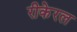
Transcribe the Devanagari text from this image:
रीकेरल